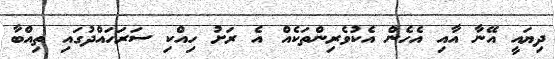
ދިޔައީ އޭނާ އާއި އެހެން އެކުވެރިންތަކެއް އެ ރަށު ހިއްކި ސަރަހައްދުގައި ތިއްބާ